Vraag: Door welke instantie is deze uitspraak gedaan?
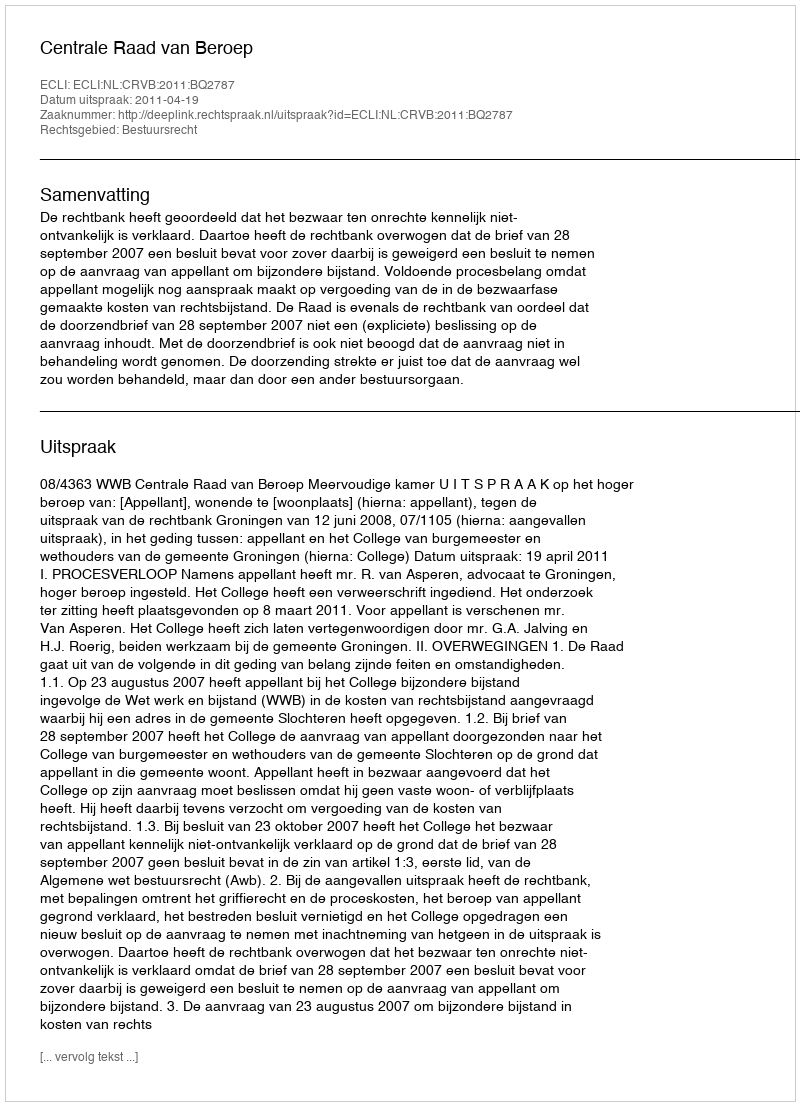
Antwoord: Centrale Raad van Beroep